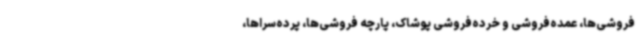
فروشی‌ها، عمده‌فروشی و خرده‌فروشی پوشاک، پارچه فروشی‌ها، پرده‌سراها،